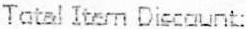
TOTAL ITEM DISCOUNT: